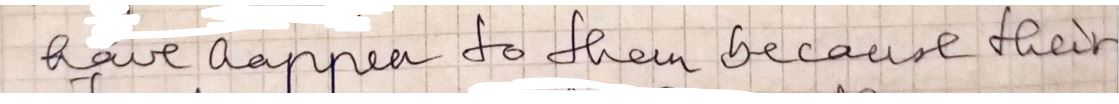
have happen to them because their